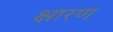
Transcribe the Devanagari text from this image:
क्षारण